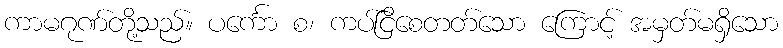
ကာမဂုဏ်တို့သည်။ ပင်္ကော စ၊ ကပ်ငြိစေတတ်သော ကြောင့် အမှတ်မရှိသော